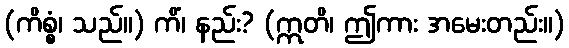
(ကိစ္စံ၊ သည်။) ကိံ၊ နည်း? (ဣတိ၊ ဤကား အမေးတည်း။)